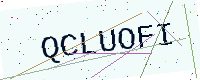
Text: QCLUOFI